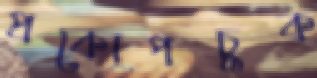
প্রকোপচুক